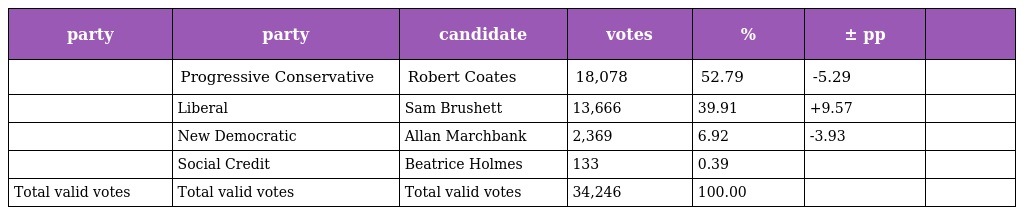
| party | party | candidate | votes | % | ± pp |  |
 | --- | --- | --- | --- | --- | --- | --- |
 |  | Progressive Conservative | Robert Coates | 18,078 | 52.79 | -5.29 |  |
 |  | Liberal | Sam Brushett | 13,666 | 39.91 | +9.57 |  |
 |  | New Democratic | Allan Marchbank | 2,369 | 6.92 | -3.93 |  |
 |  | Social Credit | Beatrice Holmes | 133 | 0.39 |  |  |
 | Total valid votes | Total valid votes | Total valid votes | 34,246 | 100.00 |  |  |